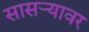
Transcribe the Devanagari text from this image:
सासर्‍यावर